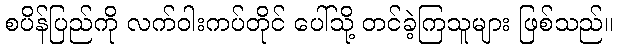
စပိန်ပြည်ကို လက်ဝါးကပ်တိုင် ပေါ်သို့ တင်ခဲ့ကြသူများ ဖြစ်သည်။